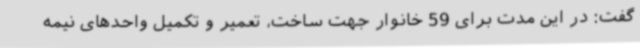
گفت: در این مدت برای 59 خانوار جهت ساخت، تعمیر و تکمیل واحدهای نیمه